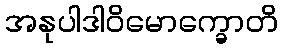
အနုပါဒါဝိမောက္ခောတိ